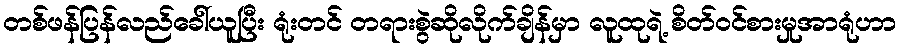
တစ်ဖန်ပြန်လည်ခေါ်ယူပြီး ရုံးတင် တရားစွဲဆိုလိုက်ချိန်မှာ လူထုရဲ့ စိတ်ဝင်စားမှုအာရုံဟာ